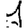
Digit: 1